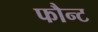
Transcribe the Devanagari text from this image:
फौन्ट